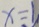
x = 1